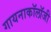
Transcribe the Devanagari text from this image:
गायनाकॉलॉजी